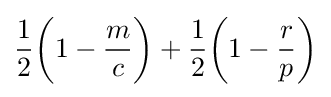
{\frac {1}{2}}{\biggl (}1-{\frac {m}{c}}{\biggr )}+{\frac {1}{2}}{\biggl (}1-{\frac {r}{p}}{\biggr )}